Mental hospitals Bombay report 1929-33 - 1929-1933
Year: 1929
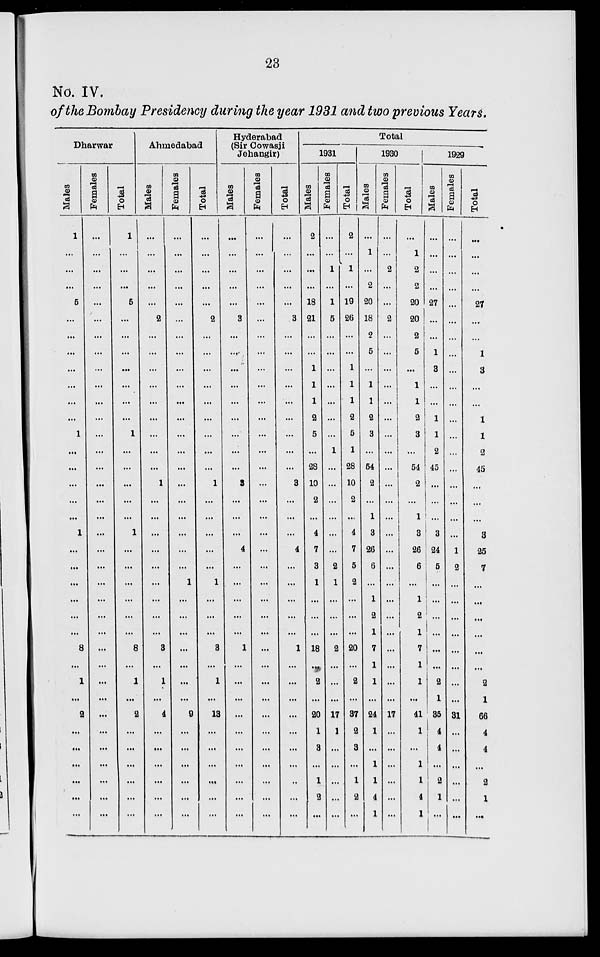
23
No. IV.
of the Bombay Presidency during the year 1931 and two previous Years.
Dharwar
Males
1
...
...
...
5
...
...
...
...
...
...
...
1
...
...
...
...
...
1
...
...
...
...
...
...
8
...
1
...
2
...
...
...
...
...
...
Females
...
...
...
...
...
...
...
...
...
...
...
...
...
...
...
...
...
...
...
...
...
...
...
...
...
...
...
...
...
...
...
...
...
...
...
...
Total
1
...
...
...
5
...
...
...
...
...
...
...
1
...
...
...
...
...
1
...
...
...
...
...
...
8
...
1
...
2
...
...
...
...
...
...
Ahmedabad
Males
...
...
...
...
...
2
...
...
...
...
...
...
...
...
...
1
...
...
...
...
...
...
...
...
...
3
...
1
...
4
...
...
...
...
...
...
Females
...
...
...
...
...
...
...
...
...
...
...
...
...
...
...
...
...
...
...
...
...
1
...
...
...
...
...
...
...
9
...
...
...
...
...
...
Total
...
...
...
...
...
2
...
...
...
...
...
...
...
...
...
1
...
...
...
...
...
1
...
...
...
3
...
1
...
13
...
...
...
...
...
...
Hyderabad
(Sir Cowasji
Jehangir)
Males
...
...
...
...
...
3
...
...
...
...
...
...
...
...
...
3
...
...
...
4
...
...
...
...
...
1
...
...
...
...
...
...
...
...
...
...
Females
...
...
...
...
...
...
...
...
...
...
...
...
...
...
...
...
...
...
...
...
...
...
...
...
...
...
...
...
...
...
...
...
...
...
...
Total
...
...
...
...
...
3
...
...
...
...
...
...
...
...
...
3
...
...
...
4
...
...
...
...
...
1
...
...
...
...
...
...
...
...
...
...
Total
1931
Males
2
...
...
...
18
21
...
...
1
1
1
2
5
...
28
10
2
...
4
7
3
1
...
...
...
18
...
2
...
20
1
3
...
1
2
...
Females
...
...
1
...
1
5
...
...
...
...
...
...
...
1
...
...
...
...
...
...
2
1
...
...
...
2
...
...
...
17
1
...
...
...
...
...
Total
2
...
1
...
19
26
...
...
1
1
1
2
5
1
28
10
2
...
4
7
5
2
...
...
...
20
...
2
...
37
2
3
...
1
2
...
1930
Males
...
1
...
2
20
18
2
5
...
1
1
2
3
...
54
2
...
1
3
26
6
...
1
2
...
...
...
...
...
24
...
...
...
...
...
1
Females
...
...
2
...
...
2
...
...
...
...
...
...
...
...
...
...
...
...
...
...
...
...
...
...
...
...
...
...
...
17
...
...
...
...
...
...
Total
...
1
2
2
20
20
2
5
...
1
1
2
3
...
54
2
...
1
3
26
6
...
1
2
...
...
...
...
...
41
...
...
...
...
...
1
1929
Males
...
...
...
...
27
...
...
1
3
...
...
1
1
2
45
...
...
...
3
24
5
...
...
...
...
...
...
2
1
35
4
4
...
2
1
...
Females
...
...
...
...
...
...
...
...
...
...
...
...
...
...
...
...
...
...
...
1
2
...
...
...
...
...
...
...
...
31
...
...
...
...
...
...
Total
...
...
...
...
27
...
...
1
3
...
...
1
1
2
45
...
...
...
3
25
7
...
...
...
...
...
...
2
1
66
4
4
...
2
1
...